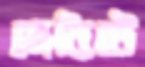
মেরিটে